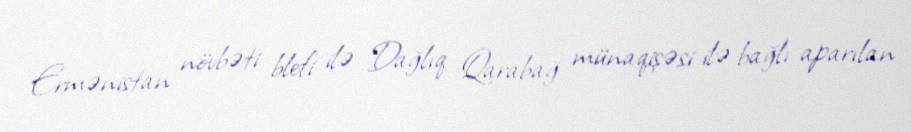
Ermənistan növbəti blefi ilə Dağlıq Qarabağ münaqişəsi ilə bağlı aparılan